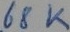
Text: 68K